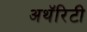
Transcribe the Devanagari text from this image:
अथॅरिटी